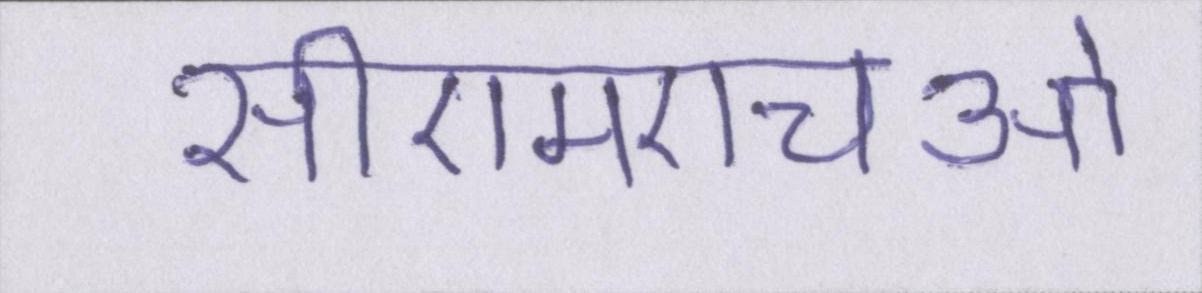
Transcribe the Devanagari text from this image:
सीएमएचओ